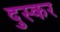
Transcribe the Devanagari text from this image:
दुस्कर